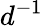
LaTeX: d^{-1}